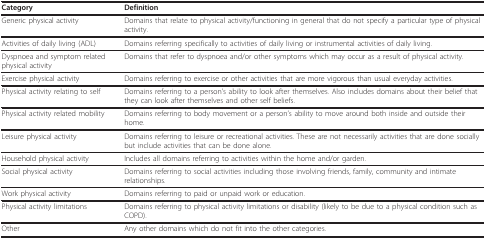
<table><thead><tr><td><b>Category</b></td><td><b>Definition</b></td></tr></thead><tbody><tr><td>Generic physical activity</td><td>Domains that relate to physical activity/functioning in general that do not specify a particular type of physical activity.</td></tr><tr><td>Activities of daily living (ADL)</td><td>Domains referring specifically to activities of daily living or instrumental activities of daily living.</td></tr><tr><td>Dyspnoea and symptom related physical activity</td><td>Domains that refer to dyspnoea and/or other symptoms which may occur as a result of physical activity.</td></tr><tr><td>Exercise physical activity</td><td>Domains referring to exercise or other activities that are more vigorous than usual everyday activities.</td></tr><tr><td>Physical activity relating to self</td><td>Domains referring to a person&#x27;s ability to look after themselves. Also includes domains about their belief that they can look after themselves and other self beliefs.</td></tr><tr><td>Physical activity related mobility</td><td>Domains referring to body movement or a person&#x27;s ability to move around both inside and outside their home.</td></tr><tr><td>Leisure physical activity</td><td>Domains referring to leisure or recreational activities. These are not necessarily activities that are done socially but include activities that can be done alone.</td></tr><tr><td>Household physical activity</td><td>Includes all domains referring to activities within the home and/or garden.</td></tr><tr><td>Social physical activity</td><td>Domains referring to social activities including those involving friends, family, community and intimate relationships.</td></tr><tr><td>Work physical activity</td><td>Domains referring to paid or unpaid work or education.</td></tr><tr><td>Physical activity limitations</td><td>Domains referring to physical activity limitations or disability (likely to be due to a physical condition such as COPD).</td></tr><tr><td>Other</td><td>Any other domains which do not fit into the other categories.</td></tr></tbody></table>